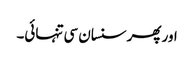
اور پھر سنسان سی تنہائی۔